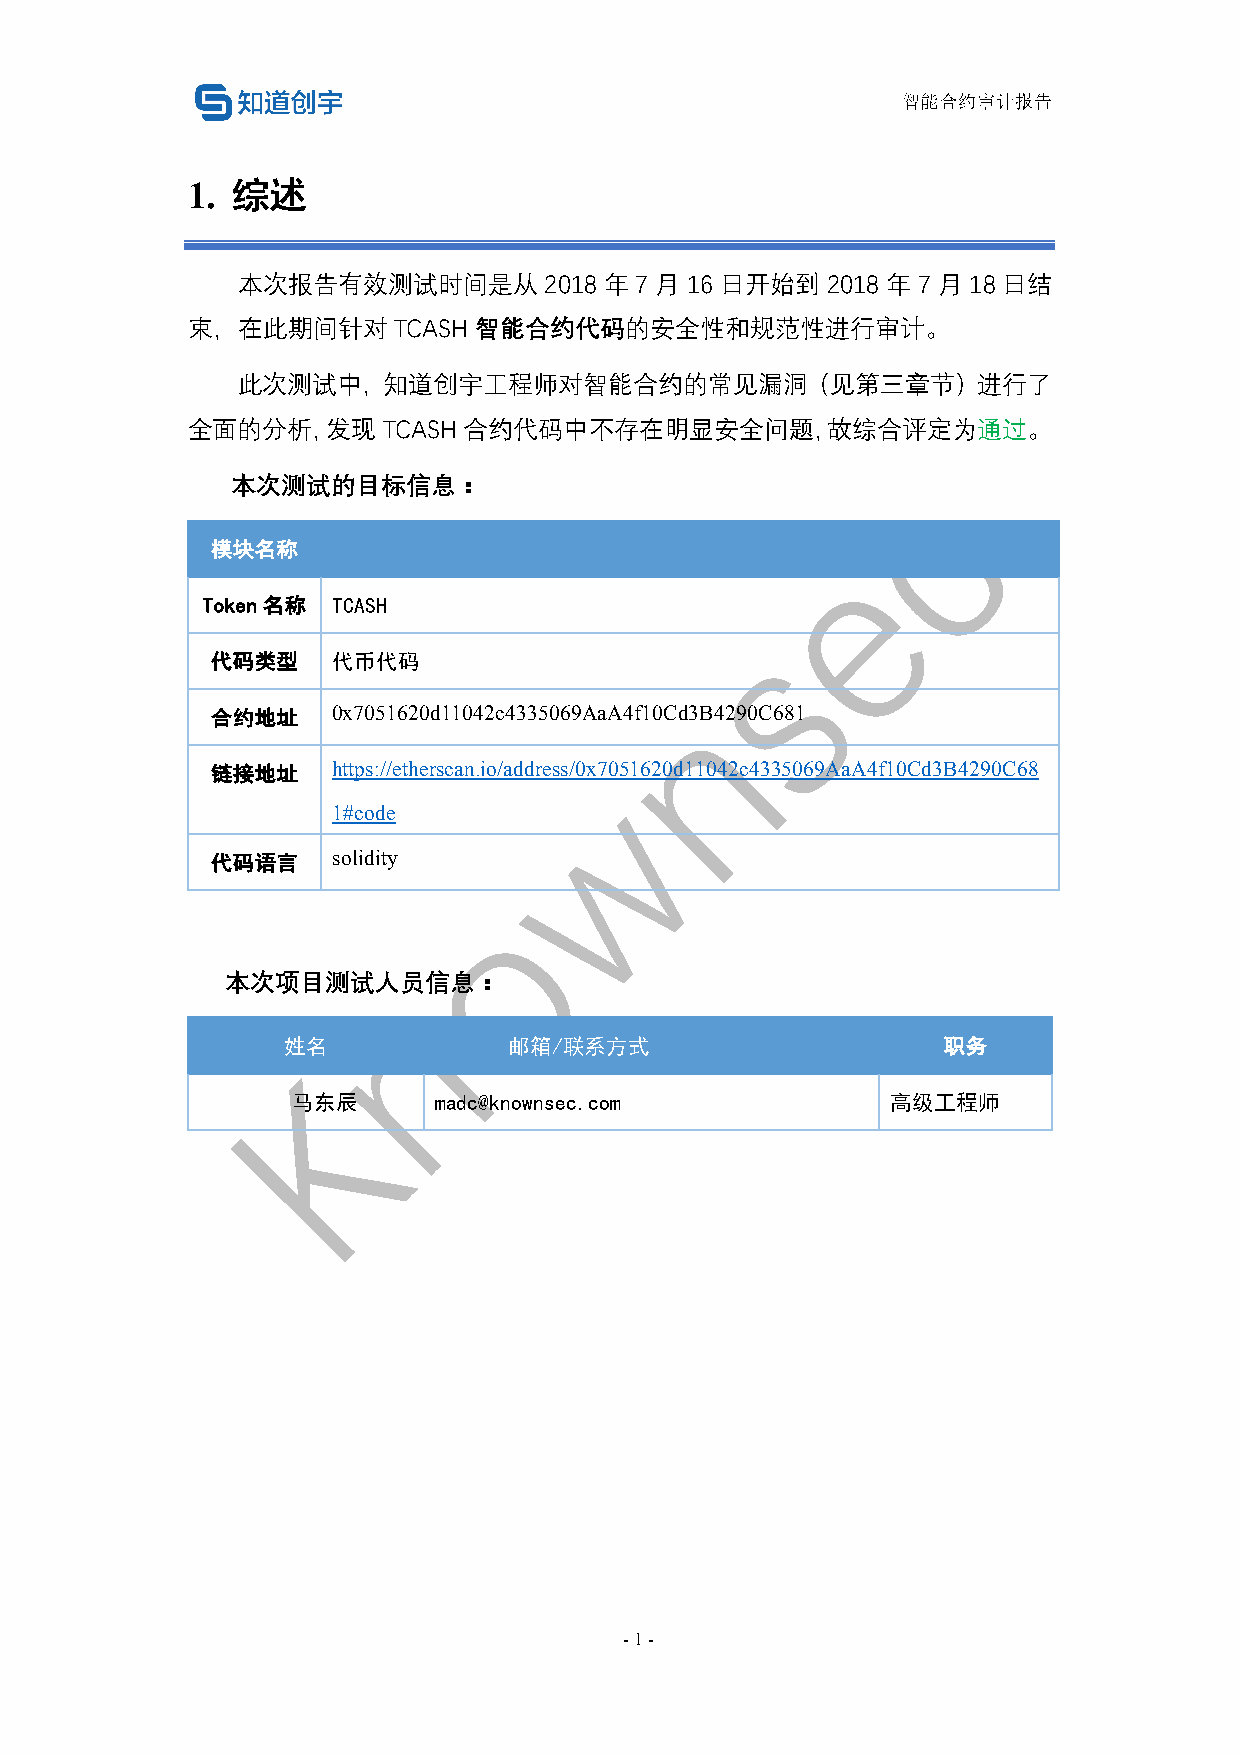
智能合约审计报告
 1. 综述
 本次报告有效测试时间是从        2018 年 7 月 16 日开始到 2018 年 7 月 18 日结
 束，在此期间针对TCASH智能合约代码的安全性和规范性进行审计。
 此次测试中，知道创宇工程师对智能合约的常见漏洞（见第三章节）进行了
 全面的分析，发现     TCASH合约代码中不存在明显安全问题，故综合评定为通过。
 本次测试的目标信息：
 模块名称
 Token名称  TCASH
 代码类型    代币代码
 合约地址    0x7051620d11042c4335069AaA4f10Cd3B4290C681
 链接地址    https://etherscan.io/address/0x7051620d11042c4335069AaA4f10Cd3B4290C68
 1#code
 代码语言    solidity
 本次项目测试人员信息：
 姓名             邮箱/联系方式                     职务
 马东辰       madc@knownsec.com             高级工程师
 - 1 -